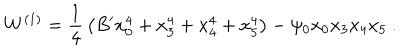
W ^ { ( 1 ) } = { \frac { 1 } { 4 } } \left( B ^ { \prime } x _ { 0 } ^ { 4 } + x _ { 3 } ^ { 4 } + x _ { 4 } ^ { 4 } + x _ { 5 } ^ { 4 } \right) - \psi _ { 0 } x _ { 0 } x _ { 3 } x _ { 4 } x _ { 5 } ~ .